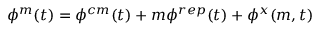
\phi ^ { m } ( t ) = \phi ^ { c m } ( t ) + m \phi ^ { r e p } ( t ) + \phi ^ { x } ( m , t )